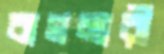
বাগমারী